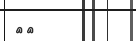
٧٥